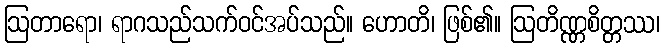
ဩတာရော၊ ရာဂသည်သက်ဝင်အပ်သည်။ ဟောတိ၊ ဖြစ်၏။ ဩတိဏ္ဏစိတ္တဿ၊